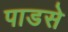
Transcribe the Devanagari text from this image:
पाडसे